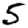
Digit: 5